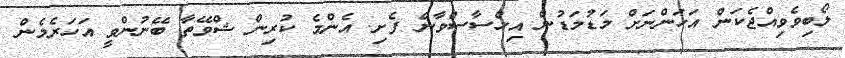
ލޯބިވެވިއްޖެކަން އަހަންނަށް މަޑުމަޑުން އިހްސާސްވާން ފެށި. އެންމެ ކުރިން ޝްވޭތާ ބޭނުންވީ އަހަރެމެން